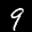
Label: 9